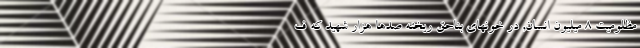
مظلومیت 8 میلیون انسان, در خونهای بناحق ریخته صدها هزار شهید که ف